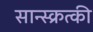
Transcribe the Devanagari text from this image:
सान्स्क्रत्की